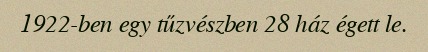
1922-ben egy tűzvészben 28 ház égett le.